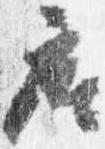
座